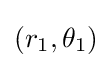
(r_{1},\theta _{1})